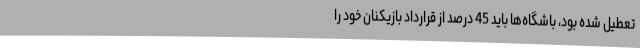
تعطیل شده بود، باشگاه‌ها باید 45 درصد از قرارداد بازیکنان‌ خود را